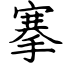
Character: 搴